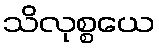
သိလုစ္စယေ